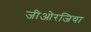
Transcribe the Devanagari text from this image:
जीओरजिया